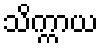
သိက္ကာယ